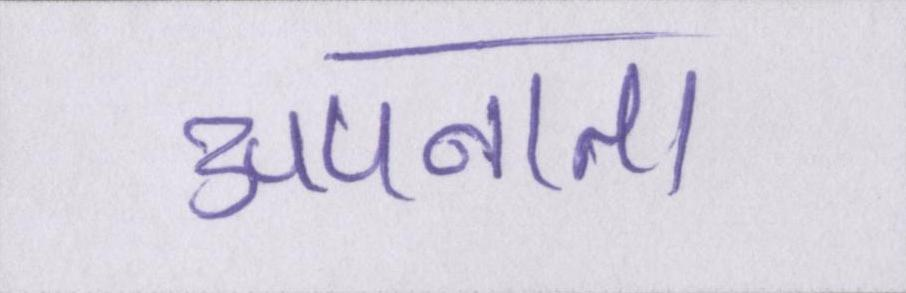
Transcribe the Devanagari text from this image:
अपनाता